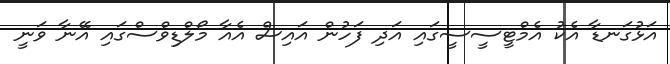
އަޅުގަނޑާ އެކު އެމްޓީސީސީގައި އަދި ފަހުން އައިސް އެއާ މޯލްޑިވްސްގައި އޭނާ ވަނީ